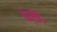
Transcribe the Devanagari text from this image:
क्रोडें